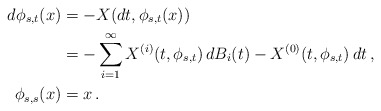
\begin{align*}d\phi_{s,t}(x) & =-X(dt,\phi_{s,t}(x)) \\ & =-\sum_{i=1}^{\infty}X^{(i)}(t,\phi_{s,t})\, dB_{i}(t)-X^{(0)}(t,\phi_{s,t})\, dt\,,\\\phi_{s,s}(x) & =x\,. \end{align*}